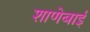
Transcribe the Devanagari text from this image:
शाणेबाई